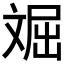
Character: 𱡦